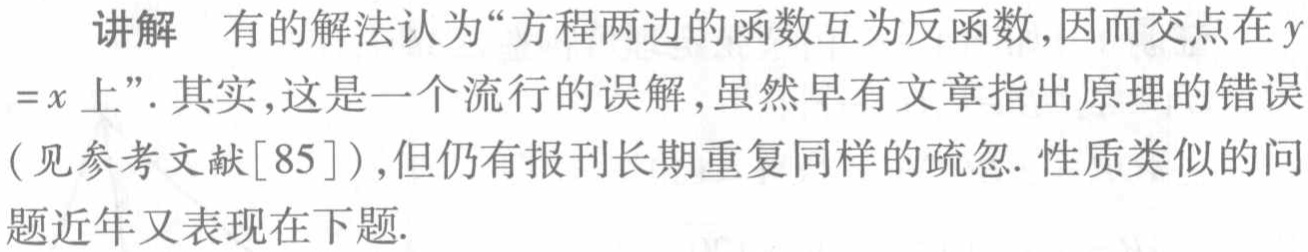
讲解 有的解法认为“方程两边的函数互为反函数,因而交点在\(y =x\)上”. 其实,这是一个流行的误解,虽然早有文章指出原理的错误(见参考文献[85]),但仍有报刊长期重复同样的疏忽. 性质类似的问题近年又表现在下题.